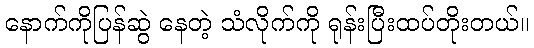
နောက်ကိုပြန်ဆွဲ နေတဲ့ သံလိုက်ကို ရုန်းပြီးထပ်တိုးတယ်။